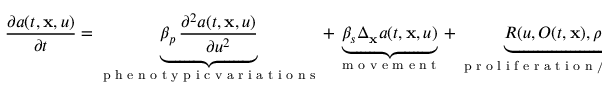
\frac { \partial a ( t , \mathbf { x } , u ) } { \partial t } = \underbrace { \beta _ { p } \, \frac { \partial ^ { 2 } a ( t , \mathbf { x } , u ) } { \partial u ^ { 2 } } } _ { \substack { \textup { p h e n o t y p i c v a r i a t i o n s } } } + \underbrace { \beta _ { s } \Delta _ { \mathbf { x } } a ( t , \mathbf { x } , u ) } _ { \textup { m o v e m e n t } } + \underbrace { R ( u , O ( t , \mathbf { x } ) , \rho ( t , \mathbf { x } ) , n ( t , \mathbf { x } ) ) a ( t , \mathbf { x } , u ) } _ { \textup { p r o l i f e r a t i o n / s e l e c t i o n / n e c r o s i s } } .